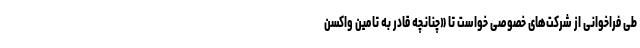
طی فراخوانی از شرکت‌های خصوصی خواست تا «چنانچه قادر به تامین واکسن